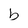
Character: b